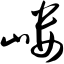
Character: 嵝